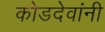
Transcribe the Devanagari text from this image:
कोडदेवांनी